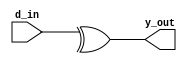
`timescale 1ns / 1ps
//////////////////////////////////////////////////////////////////////////////////
// Company: 
// Engineer: 
// 
// Design Name: 
// Module Name: lab59_parity
// Project Name: 
// Target Devices: 
// Tool Versions: 
// Description: 
// 
// Dependencies: 
// 
// Revision:
// Revision 0.01 - File Created
// Additional Comments:
// 
//////////////////////////////////////////////////////////////////////////////////


module lab59_parity(
                        input [7:0]d_in,
                        output y_out                 
    );
      
  assign y_out = xor_op(d_in);
  
    function xor_op ( input [7:0] d_in);
    begin
        xor_op = ^d_in;
    end
    endfunction

endmodule